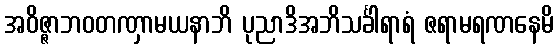
အဝိဇ္ဇာဘဝတဏှာမယနာဘိ ပုညာဒိအဘိသင်္ခါရာရံ ဇရာမရဏနေမိ